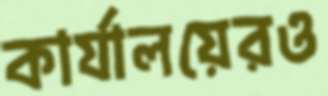
কার্যালয়েরও